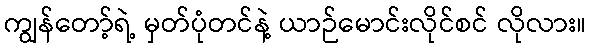
ကျွန်တော့်ရဲ့ မှတ်ပုံတင်နဲ့ ယာဉ်မောင်းလိုင်စင် လိုလား။